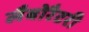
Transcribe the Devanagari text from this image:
लैबोरैटरी